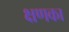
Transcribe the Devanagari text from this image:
क्षणका